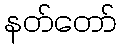
နတ်တော်